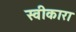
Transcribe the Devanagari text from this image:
स्‍वीकारा